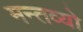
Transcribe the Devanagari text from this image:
मन्तव्यो